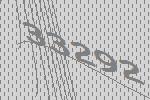
33292